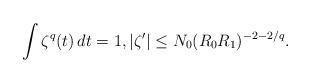
LaTeX: \begin{align*}\int \zeta^q (t) \, dt = 1, |\zeta'| \le N_0 (R_0 R_1)^{-2-2/q}.\end{align*}